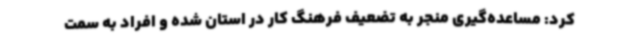
کرد: مساعده‌گیری منجر به تضعیف فرهنگ کار در استان شده و افراد به سمت